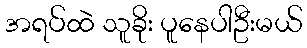
အရပ်ထဲ သူခိုး ပူနေပါဦးမယ်